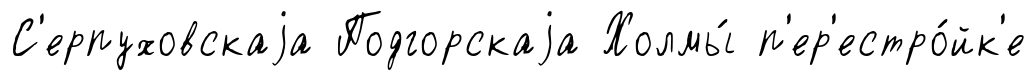
С'ерпуховскаjа Подгорскаjа Холмы́ п'ер'естро́йк'е